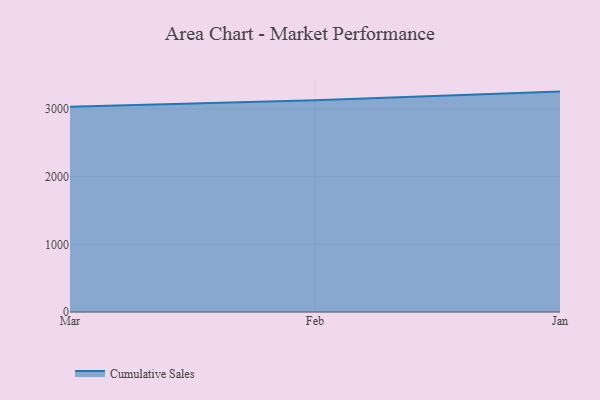
{"axis": {"x": "Month", "y": "Revenue (USD Million)"}, "legend": ["Cumulative Sales"], "data": [{"x": "Mar", "y": 3033.6, "type": "Cumulative Sales"}, {"x": "Feb", "y": 3126.5, "type": "Cumulative Sales"}, {"x": "Jan", "y": 3256.1, "type": "Cumulative Sales"}]}